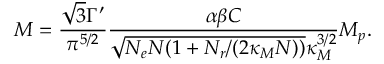
M = \frac { \sqrt { 3 } \Gamma ^ { \prime } } { \pi ^ { 5 / 2 } } \frac { \alpha \beta { \cal C } } { \sqrt { N _ { e } N ( 1 + N _ { r } / ( 2 \kappa _ { M } N ) ) } \kappa _ { M } ^ { 3 / 2 } } M _ { p } .